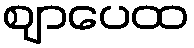
ဈာပေထ